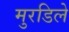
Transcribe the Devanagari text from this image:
मुरडिले